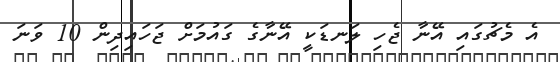
އެ މެޗުގައި އޭނާ ޖެހި ލަނޑަކީ އޭނާގެ ގައުމަށް ޖަހައިދިން 10 ވަނަ